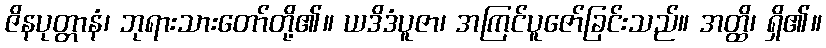
ဇိနပုတ္တာနံ၊ ဘုရားသားတော်တို့၏။ ယဒိဒံပူဇာ၊ အကြင်ပူဇော်ခြင်းသည်။ အတ္ထိ၊ ရှိ၏။